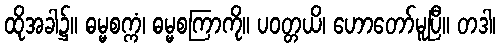
ထိုအခါ၌။ ဓမ္မစက္ကံ၊ ဓမ္မစကြာကို။ ပဝတ္တယိ၊ ဟောတော်မူပြီ။ တဒါ၊